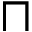
\sqcap